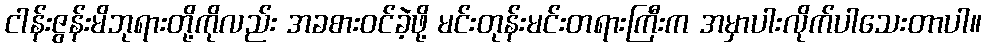
ငါန်းဇွန်းမိဘုရားတို့ကိုလည်း အခစားဝင်ခဲ့ဖို့ မင်းတုန်းမင်းတရားကြီးက အမှာပါးလိုက်ပါသေးတာပါ။